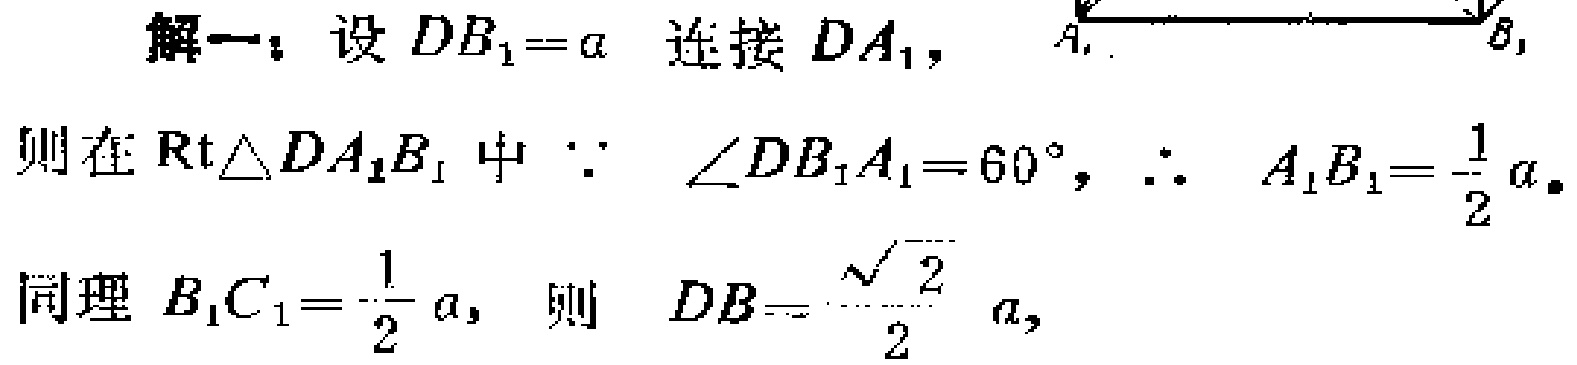
解一：设 \(DB_{1}=a\) 连接 \(DA_{1}\)，
则在 \(\text{Rt}\triangle DA_{1}B_{1}\) 中 \(\because\) \(\angle DB_{1}A_{1}=60^{\circ}\)，\(\therefore\) \(A_{1}B_{1}=\frac{1}{2}a\).
同理 \(B_{1}C_{1}=\frac{1}{2}a\)，则 \(DB = \frac{\sqrt{2}}{2}a\)，